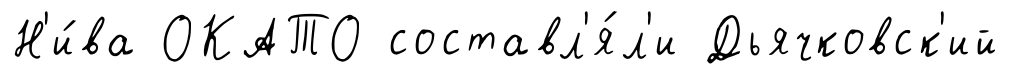
Н'и́ва ОКАТО составл'я́л'и Дьячковск'ий